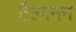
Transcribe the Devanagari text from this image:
टैल्गमन